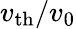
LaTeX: v_{\textrm{th}}/v_{0}